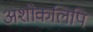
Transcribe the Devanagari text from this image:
अशोकलिपि